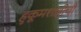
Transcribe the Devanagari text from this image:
हुकूमशाहीची